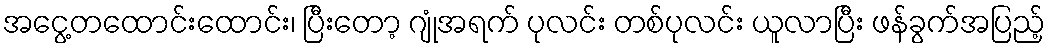
အငွေ့တထောင်းထောင်း၊ ပြီးတော့ ဂျုံအရက် ပုလင်း တစ်ပုလင်း ယူလာပြီး ဖန်ခွက်အပြည့်